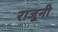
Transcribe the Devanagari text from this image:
राजूनी